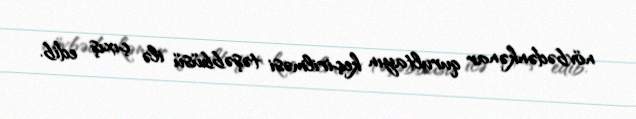
növbədənkənar qurultayın keçirilməsi təşəbbüsü ilə çıxış edib.